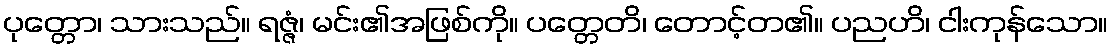
ပုတ္တော၊ သားသည်။ ရဇ္ဇံ၊ မင်း၏အဖြစ်ကို။ ပတ္တေတိ၊ တောင့်တ၏။ ပညဟိ၊ ငါးကုန်သော။